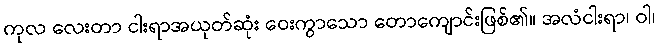
ကုလ လေးတာ ငါးရာအယုတ်ဆုံး ဝေးကွာသော တောကျောင်းဖြစ်၏။ အလံငါးရာ၊ ဝါ၊